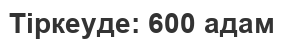
Тіркеуде: 600 адам